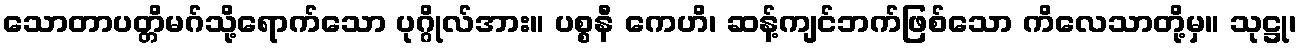
သောတာပတ္တိမဂ်သို့ရောက်သော ပုဂ္ဂိုလ်အား။ ပစ္စနီ ကေဟိ၊ ဆန့်ကျင်ဘက်ဖြစ်သော ကိလေသာတို့မှ။ သုဋ္ဌု၊